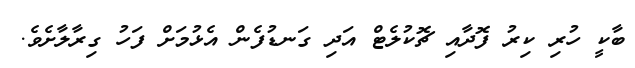
ބާކީ ހުރި ކިރު ފޮދާއި ޗޮކުލެޓް އަދި ގަނޑުފެން އެޅުމަށް ފަހު ގިރާލާށެވެ.